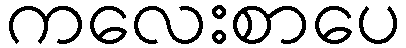
ကလေးစာပေ